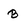
Character: B